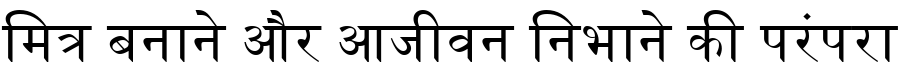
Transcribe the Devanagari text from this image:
मित्र बनाने और आजीवन निभाने की परंपरा